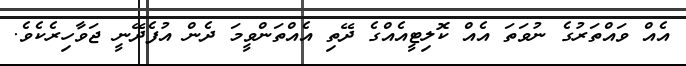
އެއް ވައްތަރުގެ ނުވަތަ އެއް ކޮލިޓީއެއްގެ ދޭތި އެއްތަންވީމަ ދެން އުފެދޭނީ ޖަވާހިރެކެވެ.